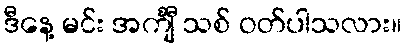
ဒီနေ့ မင်း အင်္ကျီ သစ် ဝတ်ပါသလား။